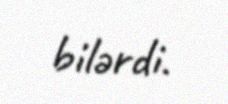
bilərdi.